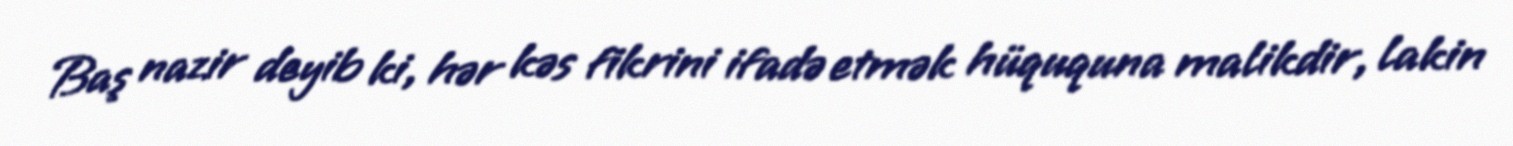
Baş nazir deyib ki, hər kəs fikrini ifadə etmək hüququna malikdir, lakin